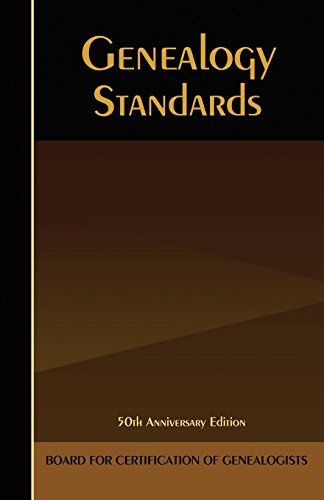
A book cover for Genealogy Standards: Fiftieth Anniversary Edition; Board for Certification of Genealogists; Reference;